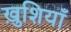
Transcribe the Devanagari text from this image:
ख़ुशियाँ